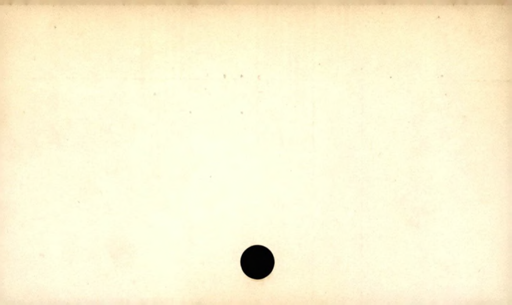
Label: blank